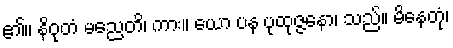
၏။ နိဝုတံ မညေတိ၊ ကား။ ယော ပန ပုထုဇ္ဇနော၊ သည်။ မိနေတုံ၊